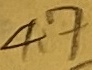
Text: 4,7